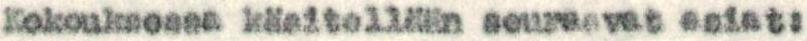
Kokouksessa käsitellään seuraavat asiat: